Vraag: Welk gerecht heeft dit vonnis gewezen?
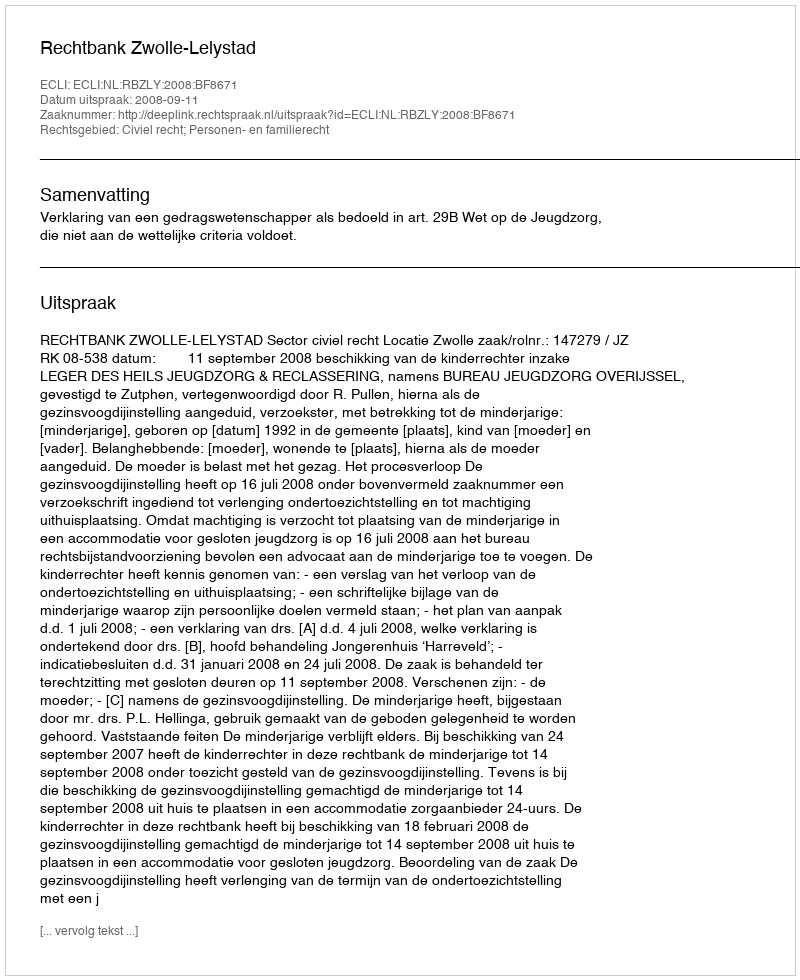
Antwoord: Rechtbank Zwolle-Lelystad